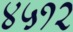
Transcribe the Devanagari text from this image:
४५१२